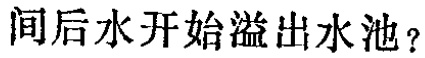
间后水开始溢出水池？